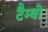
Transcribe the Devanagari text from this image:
टैम्बो